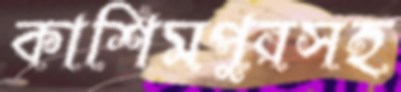
কাশিমপুরসহ